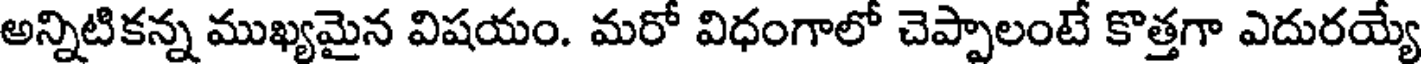
అన్నిటికన్న ముఖ్యమైన విషయం. మరో విధంగాలో చెప్పాలంటే కొత్తగా ఎదురయ్యే